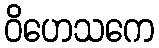
ဝိဟေသကေ